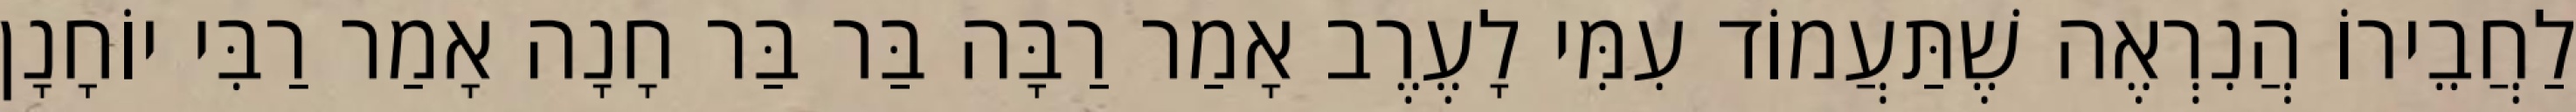
לַחֲבֵירוֹ הֲנִרְאֶה שֶׁתַּעֲמוֹד עִמִּי לָעֶרֶב אָמַר רַבָּה בַּר בַּר חָנָה אָמַר רַבִּי יוֹחָנָן